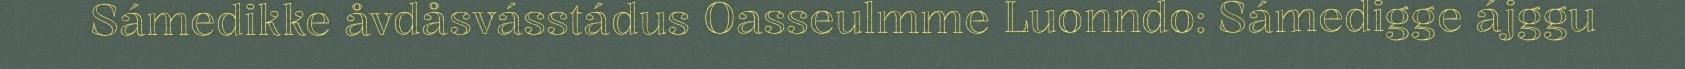
Sámedikke åvdåsvásstádus Oasseulmme Luonndo: Sámedigge ájggu